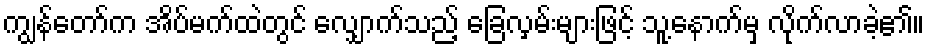
ကျွန်တော်က အိပ်မက်ထဲတွင် လျှောက်သည့် ခြေလှမ်းများဖြင့် သူ့နောက်မှ လိုက်လာခဲ့၏။